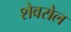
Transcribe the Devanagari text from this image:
शेवरोल